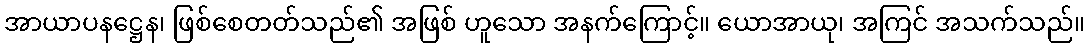
အာယာပနဋ္ဌေန၊ ဖြစ်စေတတ်သည်၏ အဖြစ် ဟူသော အနက်ကြောင့်။ ယောအာယု၊ အကြင် အသက်သည်။